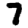
Digit: 7